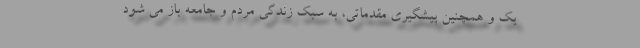
یک و همچنین پیشگیری مقدماتی، به سبک زندگی مردم و جامعه باز می شود